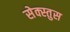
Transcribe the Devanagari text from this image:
सेक्स्तुस